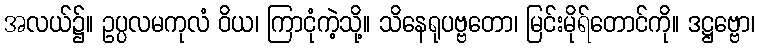
အလယ်၌။ ဥပ္ပလမကုလံ ဝိယ၊ ကြာငုံကဲ့သို့။ သိနေရုပဗ္ဗတော၊ မြင်းမိုရ်တောင်ကို။ ဒဋ္ဌဗ္ဗော၊